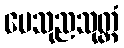
ပေသုညသုတ္တံ